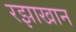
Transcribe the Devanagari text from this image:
रझाखान